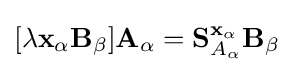
[\lambda \mathbf {x_{\alpha }} \mathbf {B} _{\beta }]\mathbf {A} _{\alpha }=\mathbf {S} _{A_{\alpha }}^{\mathbf {x} _{\alpha }}\mathbf {B} _{\beta }